Indian journal of veterinary science and animal husbandry - Volume 5,
Year: 1935
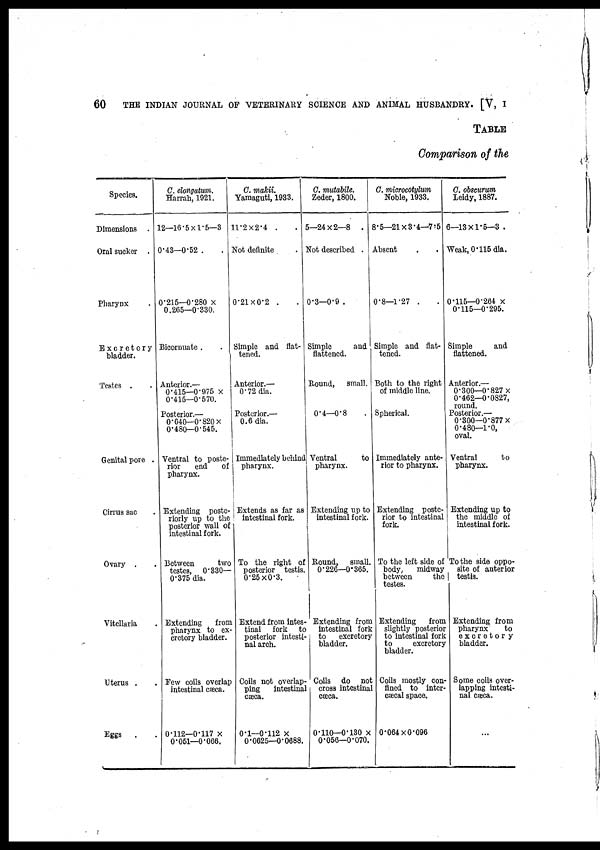
60
THE INDIAN JOURNAL OF VETERINARY SCIENCE AND ANIMAL HUSBANDRY. [V, I
TABLE
Comparison of the
Species.
Dimensions .
Oral sucker .
Pharynx .
Excretory
bladder.
Testes . .
Genital pore .
Cirrus sac .
Ovary . .
Vitellaria .
Uterus . .
Eggs . .
C. elongatum.
Harrah, 1921.
12—16.5 × 1.5—3
0.43—0.52 . .
0.215—0.280 ×
0.265—0.330.
Bicornuate . .
Anterior.—
0.415—0.975 ×
0.415—0.570.
Posterior.—
0.640—0.820 ×
0.480—0.545.
Ventral to poste-
rior
end
of
pharynx.
Extending poste-
riorly up to the
posterior wall of
intestinal fork.
Between
two
testes, 0.330—
0.375 dia.
Extending
from
pharynx to ex-
cretory bladder.
Few coils overlap
intestinal cæca.
0.112—0.117 ×
0.051—0.066.
C. makii.
Yamaguti, 1933.
11.2 × 2.4 . .
Not definite .
0.21 × 0.2 . .
Simple and flat-
tened.
Anterior.—
0.72 dia.
Posterior.—
0.6 dia.
Immediately behind
pharynx.
Extends as far as
intestinal fork.
To the right of
posterior testis.
0.25×0.3.
Extend from intes-
tinal fork to
posterior intesti-
nal arch.
Coils not overlap-
ping
intestinal
cæca.
0.1—0.112 ×
0.0625—0.0688.
C. mutabile.
Zeder, 1800.
5—24 × 2—8 .
Not described .
0.3—0.9 .
Simple
and
flattened.
Round, small.
0.4—0.8
Ventral
to
pharynx.
Extending up to
intestinal fork.
Round, small.
0.226—0.365.
Extending from
intestinal fork
to
excretory
bladder.
Coils do not
cross intestinal
cæca.
0.110—0.130 ×
0.056—0.070.
C. microcotylum
Noble, 1933.
8.5—21 × 3.4—7.5
Absent . .
0.8—1.27 . .
Simple and flat-
tened.
Both to the right
of middle line.
Spherical.
Immediately ante-
rior to pharynx.
Extending poste-
rior to intestinal
fork.
To the left side of
body, midway
between
the
testes.
Extending
from
slightly posterior
to intestinal fork
to
excretory
bladder.
Coils mostly con-
fined to inter-
cæcal space.
0.064×0.096
C. obscurum
Leidy, 1887.
6—13 × 1.5—3 .
Weak, 0.115 dia.
0.115—0.264 ×
0.115—0.295.
Simple
and
flattened.
Anterior.—
0.300—0.827 ×
0.462—0.0827,
round.
Posterior.—
0.300—0.877 ×
0.480—1.0,
oval.
Ventral
to
pharynx.
Extending up to
the middle of
intestinal fork.
To the side oppo-
site of anterior
testis.
Extending from
pharynx
to
excretory
bladder.
Some coils over-
lapping intesti-
nal cæca.
...